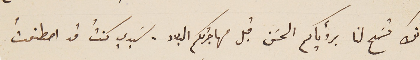
وبأنك تسَمح لنا برؤياكم الحسَن قبل مهاجرتكم البلاد . سَيدي كنتُ قد اصطنعتُ